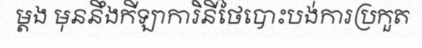
ម្តង មុននឹងកីឡាការិនីថៃបោះបង់ការប្រកួត